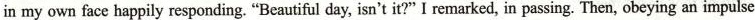
in my own face happily responding.“Beautiful day, isn’t it?I remarked,in passing. Then obeying an impulse